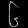
Digit: ၆